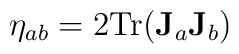
\eta_{ab} = 2 {\mathrm{Tr}}(\mathbf{J}_a\mathbf{J}_b)